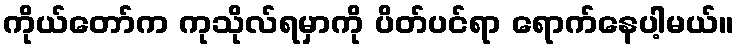
ကိုယ်တော်က ကုသိုလ်ရမှာကို ပိတ်ပင်ရာ ရောက်နေပါ့မယ်။